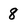
Character: 8